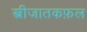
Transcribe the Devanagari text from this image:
स्त्रीजातकफ़ल